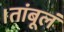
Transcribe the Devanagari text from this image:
।तांबूलं